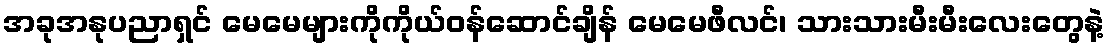
အခုအနုပညာရှင် မေမေများကိုကိုယ်ဝန်ဆောင်ချိန် မေမေဖီလင်၊ သားသားမီးမီးလေးတွေနဲ့